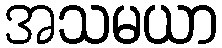
အသမယာ